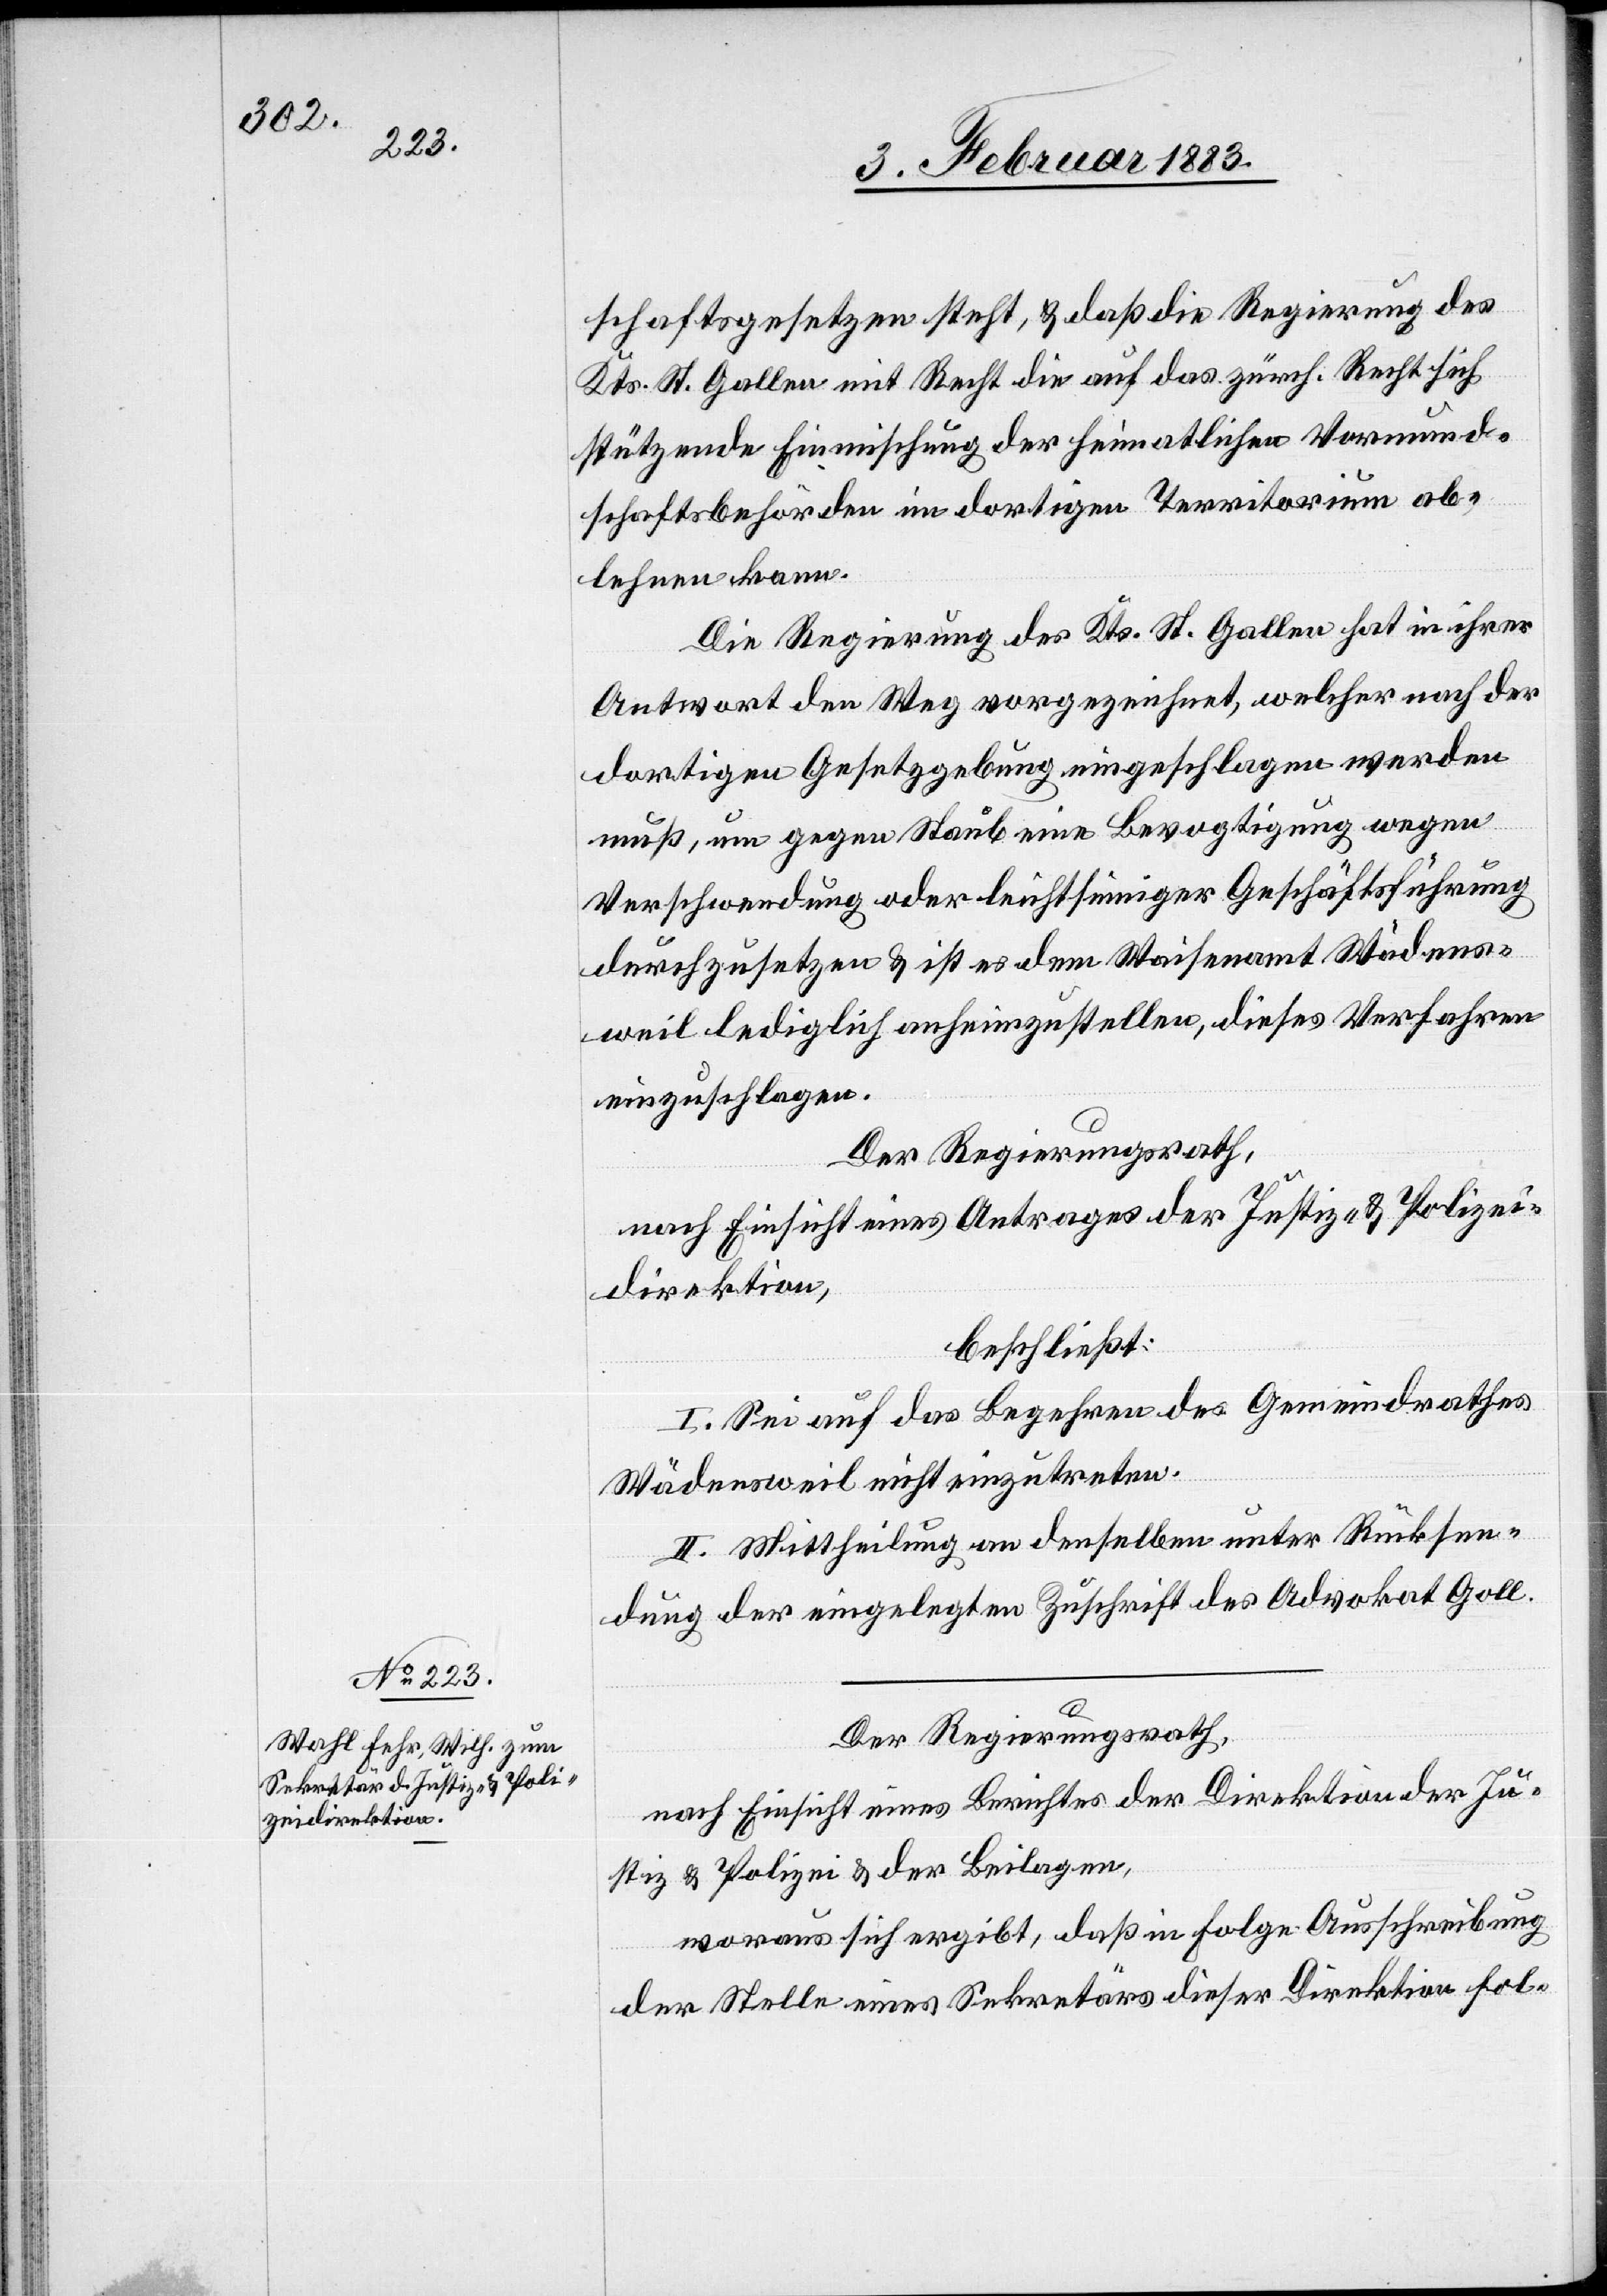
schaftsgesetzen steht, & daß die Regierung des
Kts. St. Gallen mit Recht die auf das zürch. Recht sich
stützende Einmischung der heimatlichen Vormund¬
schaftsbehörden im dortigen Territorium ab¬
lehnen kann.
Die Regierung des Kts. St. Gallen hat in ihrer
Antwort den Weg vorgezeichnet, welcher nach der
dortigen Gesetzgebung eingeschlagen werden
muß, um gegen Staub eine Bevogtigung wegen
Verschwendung oder leichtsinniger Geschäftsführung
durchzusetzen & ist es dem Waisenamt Wädens¬
weil lediglich anheimzustellen, dieses Verfahren
einzuschlagen.
Der Regierungsrath,
nach Einsicht eines Antrages der Justiz- & Polizei¬
direktion,
beschließt:
I. Sei auf das Begehren des Gemeindrathes
Wädensweil nicht einzutreten.
II. Mittheilung an denselben unter Rücksen¬
dung der eingelegten Zuschrift des Advokat Goll.
Der Regierungsrath,
nach Einsicht eines Berichtes der Direktion der Ju¬
stiz & Polizei & der Beilagen,
woraus sich ergibt, daß in Folge Ausschreibung
der Stelle eines Sekretärs dieser Direktion fol-